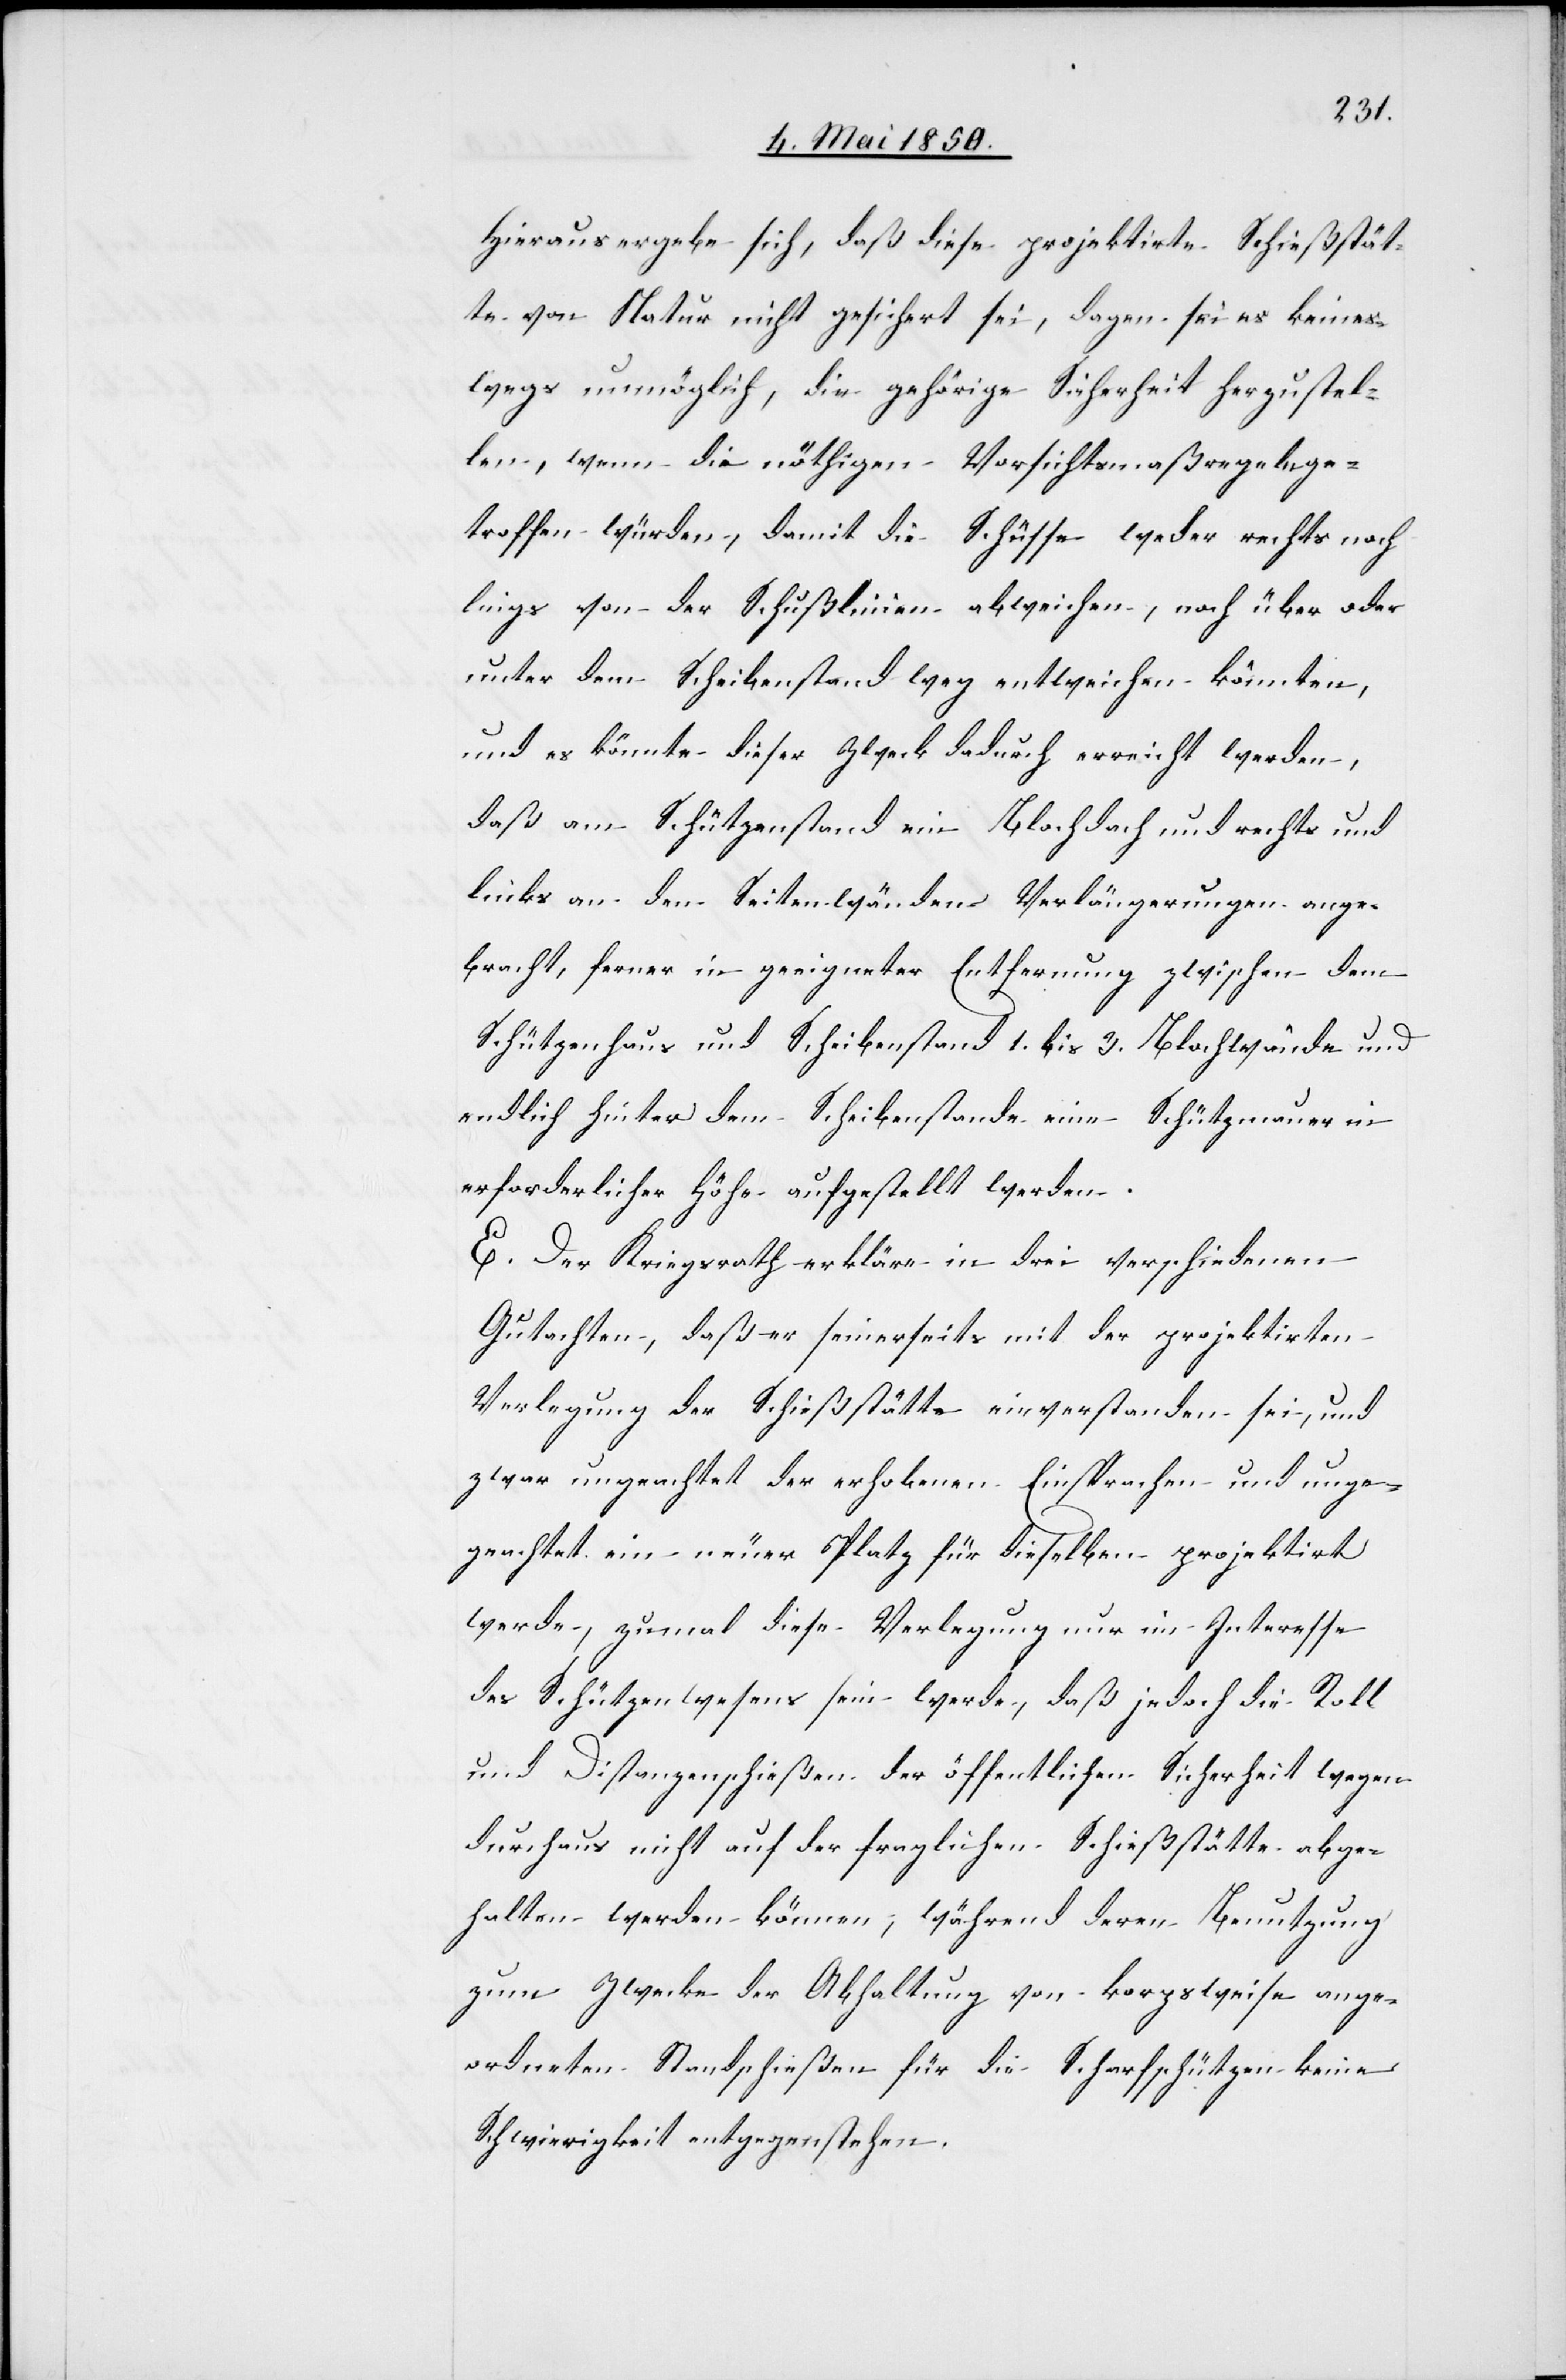
Hieraus ergebe sich, daß diese projektirte Schießstät¬
te von Natur nicht gesichert sei, da[ge]gen sei es keines¬
wegs unmöglich, die gehörige Sicherheit herzustel¬
len, wenn die nöthigen Vorsichtsmaßregeln ge¬
troffen würden, damit die Schüsse weder rechts noch
[sic!] von der Schußlinien abweichen, noch über oder
unter dem Scheibenstand weg entweichen könnten,
und es könnte dieser Zweck dadurch erreicht werden,
daß am Schützenstand ein Blochdach und rechts und
links an den Seitenwänden Verlängerungen ange¬
bracht, ferner in geeigneter Entfernung zwischen dem
Schützenhaus und Scheibenstand 1. bis 3. Blochwände und
endlich hinter dem Scheibenstande eine Schützmauer in
erforderlicher Höhe aufgestellt werden.
E. Der Kriegsrath erkläre in drei verschiedenen
Gutachten, daß er seinerseits mit der projektirten
Verlegung der Schießstätte einverstanden sei, und
zwar ungeachtet der erhobenen Einsprachen und unge¬
geachtet [sic!] ein neuer Platz für dieselben projektirt
werde, zumal diese Verlegung nur im Interesse
des Schützenwesens sein werde, daß jedoch die Roll[-]
und Distanzenschießen der öffentlichen Sicherheit wegen
durchaus nicht auf der fraglichen Schießstätte abge¬
halten werden können; während deren Benutzung
zum Zwecke der Abhaltung von korpsweise ange¬
ordneten Standschießen für die Scharfschützen keine
Schwierigkeit entgegenstehen.